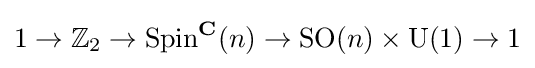
1\to \mathbb {Z} _{2}\to \operatorname {Spin} ^{\mathbf {C} }(n)\to \operatorname {SO} (n)\times \operatorname {U} (1)\to 1